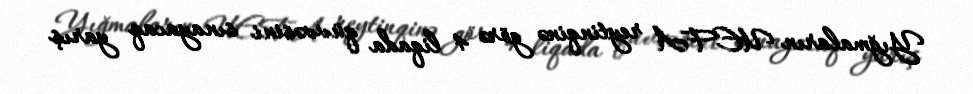
Yığmaların UEFA reytinqinə görə 4 liqada qüvvəsini sınayacaq yarış